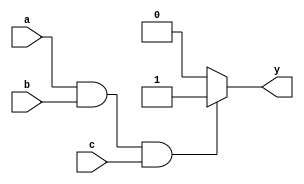
module behavioral_modeling_block(input a, input b, input c, output reg y);

always @(*)
begin
    if(a && b && c) begin
        // Code block to execute if all conditions are true
        y <= 1;
    end
    else begin
        // Code block to execute if any condition is false
        y <= 0;
    end
end

endmodule